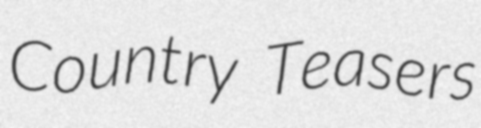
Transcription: Country Teasers